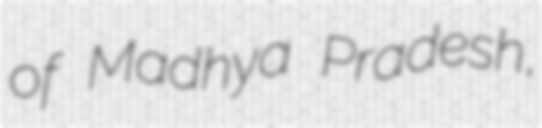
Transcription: of Madhya Pradesh,